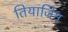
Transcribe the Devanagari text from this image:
तियाजिन